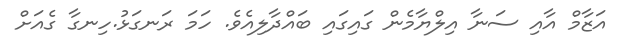
އަޒާމް އާއި ސަނާ އިލްޔާމެން ގައިގައި ބައްދާލިއެވެ. ހަމަ ރަނގަޅު.ހިނގާ ގެއަށް